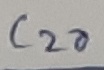
Text: C20